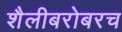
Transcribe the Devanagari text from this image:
शैलीबरोबरच